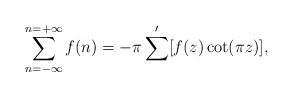
\begin{align*}\sum_{n=-\infty}^{n=+\infty} f(n) = - \pi \sum'[f(z)\cot(\pi z)],\end{align*}